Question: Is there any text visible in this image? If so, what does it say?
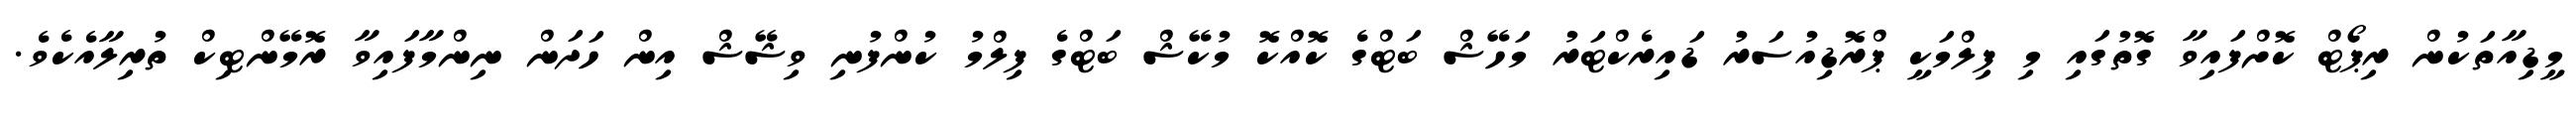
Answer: މީޑިއާތަކުން ރިޕޯޓް ކޮށްފައިވާ ގޮތުގައި މި ފިލްމަކީ ޕްރޮޑިއުސަރު ޑައިރެކްޓަރު މަހޭޝް ބަޓްގެ ކޮއްކޮ މުކޭޝް ބަޓްގެ ފިލްމު ކުންފުނި ވިޝޭޝް އިން ހަދަން ނިންމާފައިވާ ރޮމޭންޓިކް ތުރިލާއެކެވެ.